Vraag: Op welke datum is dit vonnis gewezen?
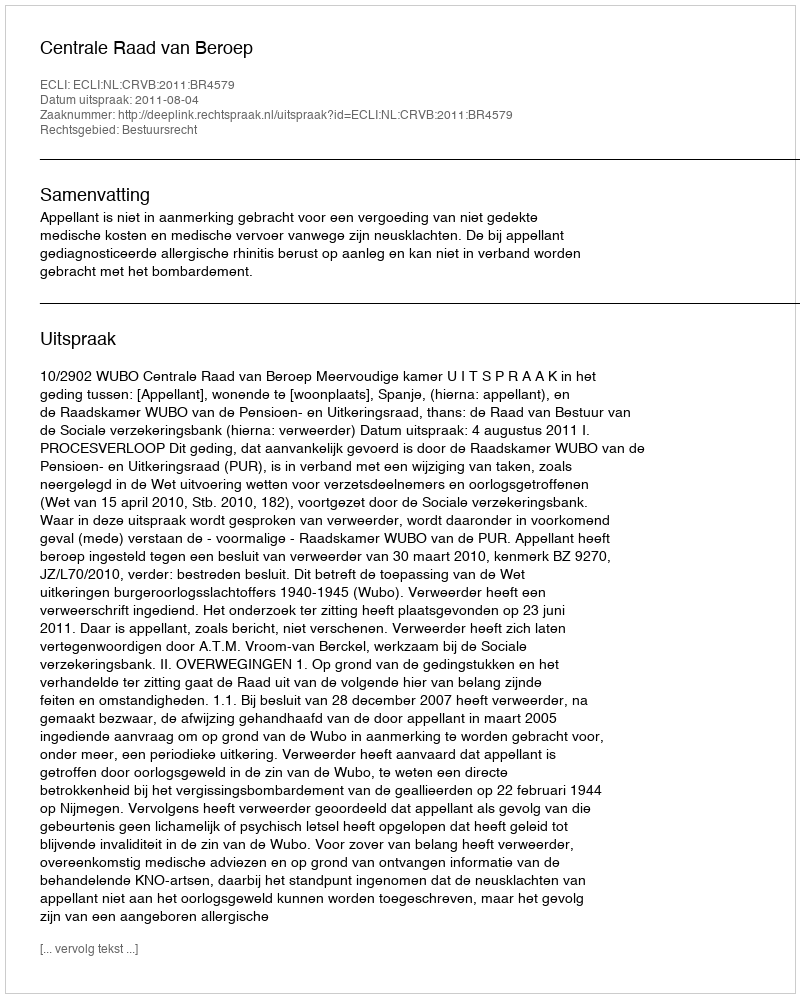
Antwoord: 2011-08-04